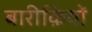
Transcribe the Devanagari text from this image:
बारीक़ियों